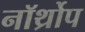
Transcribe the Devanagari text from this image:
नॉर्थ्रोप